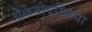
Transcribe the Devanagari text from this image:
चेकेनोवस्किया